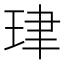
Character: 珒